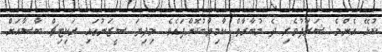
ކުޅޭ އެންމެ ޝަރަފުވެރި ދެ މުބާރާތް ކާމިޔާބުކޮށްފައެވެ. މިދިޔަ ސީޒަނުގައި ރަކިޓިޗް ބާސާއަށް